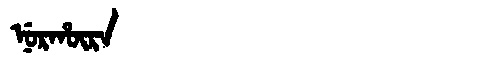
Manchu: ᠨᡠᡵᡥᡡᡵᠠ
Romanization: NURHŪRA